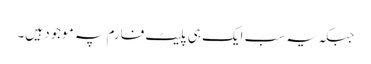
جبکہ یہ سب ایک ہی پلیٹ فارم پہ موجود ہیں۔